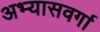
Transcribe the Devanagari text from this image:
अभ्यासवर्गा